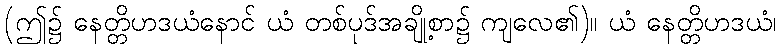
(ဤ၌ နေတ္တိဟဒယံနောင် ယံ တစ်ပုဒ်အချို့စာ၌ ကျလေ၏)။ ယံ နေတ္တိဟဒယံ၊